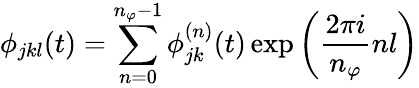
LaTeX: \phi_{jkl}(t)=\sum_{n=0}^{n_{\varphi}-1}\phi_{jk}^{(n)}(t)\exp{\left(\frac{2\pi i}{n_{\varphi}}nl\right)}